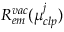
R _ { e m } ^ { v a c } ( \mu _ { c l p } ^ { j } )